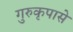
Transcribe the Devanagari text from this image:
गुरुकृपासे